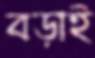
বড়াই